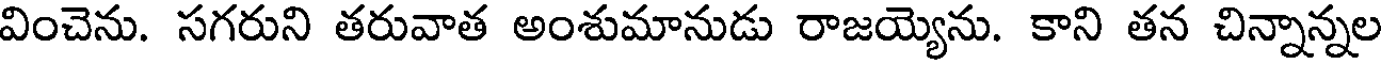
వించెను. సగరుని తరువాత అంశుమానుడు రాజయ్యెను. కాని తన చిన్నాన్నల